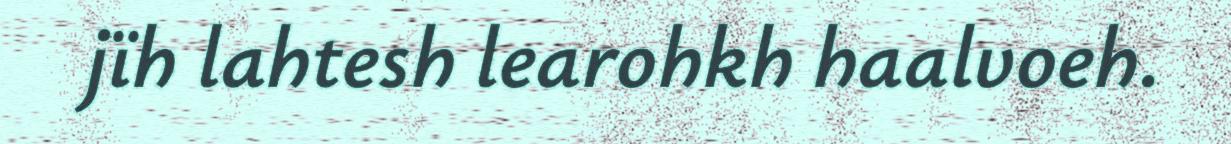
jïh lahtesh learohkh haalvoeh.